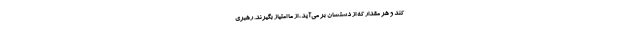
کند و هر مقدار که از دستشان بر می‌آید، از ما امتیاز بگیرند. رهبری